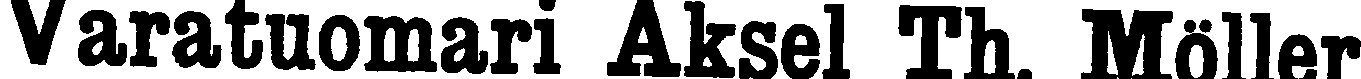
Varatuomari Aksel Th. Möller